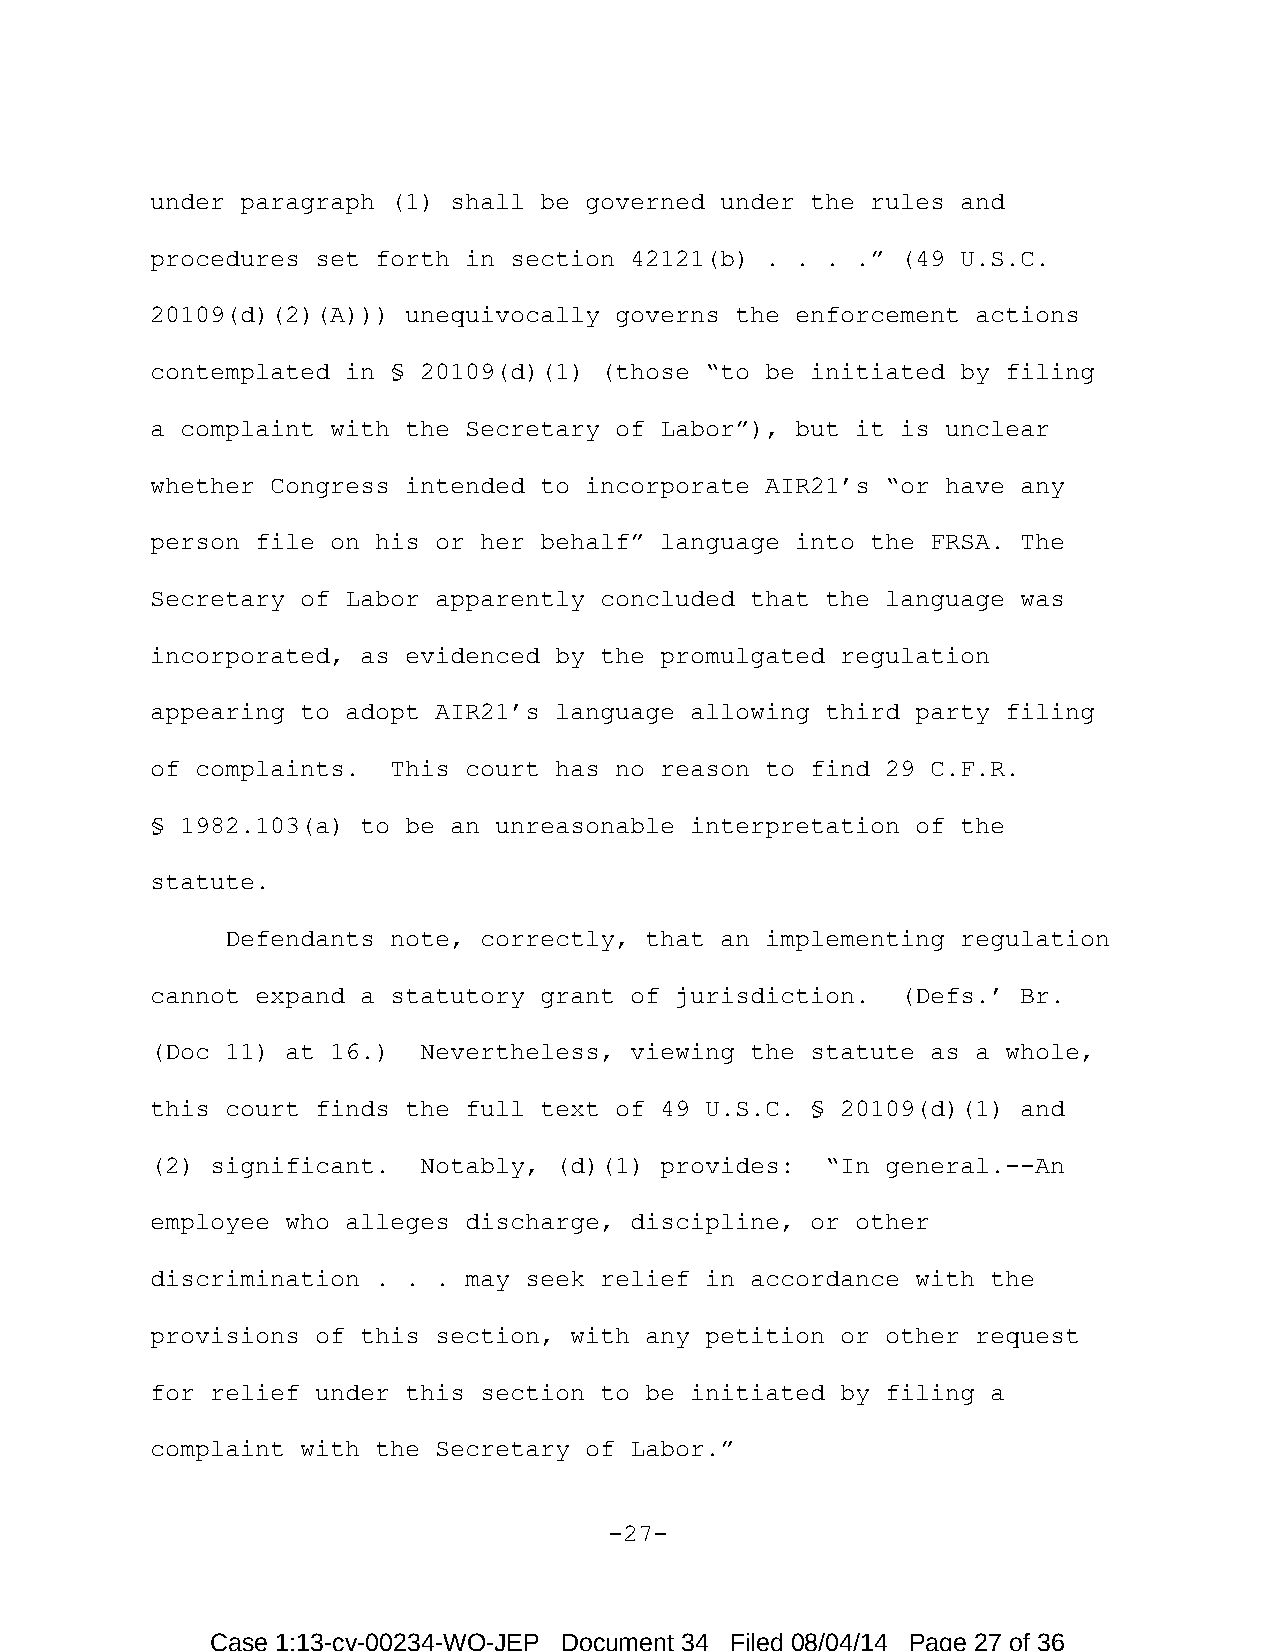
under paragraph (1) shall be governed under the rules and
 procedures set forth in section 42121(b) . . . .” (49 U.S.C.
 20109(d)(2)(A))) unequivocally governs the enforcement actions
 contemplated in § 20109(d)(1) (those “to be initiated by filing
 a complaint with the Secretary of Labor”), but it is unclear
 whether Congress intended to incorporate AIR21’s “or have any
 person file on his or her behalf” language into the FRSA. The
 Secretary of Labor apparently concluded that the language was
 incorporated, as evidenced by the promulgated regulation
 appearing to adopt AIR21’s language allowing third party filing
 of complaints.  This court has no reason to find 29 C.F.R.
 § 1982.103(a) to be an unreasonable interpretation of the
 statute.
 Defendants note, correctly, that an implementing regulation
 cannot expand a statutory grant of jurisdiction.  (Defs.’ Br.
 (Doc 11) at 16.)  Nevertheless, viewing the statute as a whole,
 this court finds the full text of 49 U.S.C. § 20109(d)(1) and
 (2) significant.  Notably, (d)(1) provides:  “In general.--An
 employee who alleges discharge, discipline, or other
 discrimination . . . may seek relief in accordance with the
 provisions of this section, with any petition or other request
 for relief under this section to be initiated by filing a
 complaint with the Secretary of Labor.”
 -27-
 Case 1:13-cv-00234-WO-JEP Document 34 Filed 08/04/14 Page 27 of 36